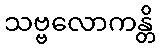
သဗ္ဗလောကန္တိ